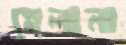
হেলানা